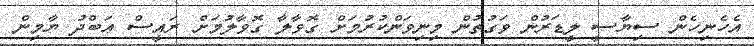
އެހެނިހެން ސިޔާސީ ލީޑަރުން ވަގުތުން މިނިވަންކުރުމަށް ގޮވާލާ ގޮވާލުމަށް ރައީސް ޢަބްދު ޔާމިން